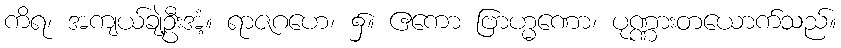
ကိရ၊ အကျယ်ချဲ့ဦးအံ့။ ရာဇဂဟေ၊ ၌။ ဧကော ဗြာဟ္မဏော၊ ပုဏ္ဏားတယောက်သည်။